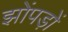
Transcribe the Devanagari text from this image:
झोंपड़ों